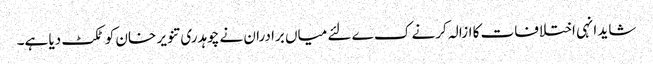
شاید انہی اختلافات کا ازالہ کرنے ک ے لئے میاں برادران نے چوہدری تنویر خان کو ٹکٹ دیا ہے۔